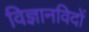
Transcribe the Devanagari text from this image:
विज्ञानविदों